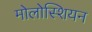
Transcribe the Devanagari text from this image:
मोलोस्शियन